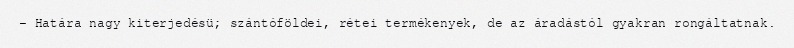
– Határa nagy kiterjedésü; szántóföldei, rétei termékenyek, de az áradástól gyakran rongáltatnak.